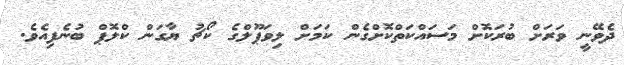
ދެވޭނީ ވަރަށް ބުރަކޮށް މަސައްކަތްކޮށްގެން ކަމަށް ލިވަޕޫލްގެ ކޯޗު ޔާގަން ކްލޮޕް ބުނެފިއެވެ.